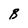
Character: B